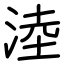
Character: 淕